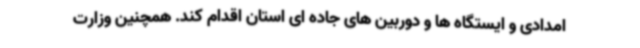
امدادی و ایستگاه ها و دوربین های جاده ای استان اقدام کند. همچنین وزارت